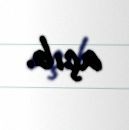
açıb.